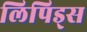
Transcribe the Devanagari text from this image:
लिपिड्स